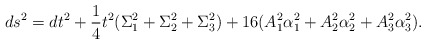
\begin{align*}ds^2 = dt^2 +{1 \over 4} t^2 (\Sigma_1^2 + \Sigma_2^2 + \Sigma_3^2)+ 16 (A_1^2 \alpha_1^2 + A_2^2 \alpha_2^2 + A_3^2 \alpha_3^2).\end{align*}